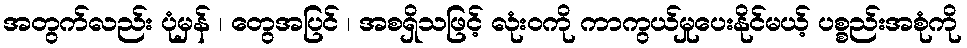
အတွက်လည်း ပုံမှန် ၊ တွေအပြင် ၊ အစရှိသဖြင့် လုံးဝကို ကာကွယ်မှုပေးနိုင်မယ့် ပစ္စည်းအစုံကို